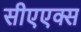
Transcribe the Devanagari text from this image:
सीएएक्स